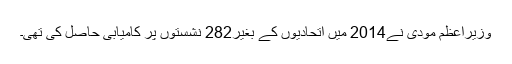
وزیرِاعظم مودی نے2014 میں اتحادیوں کے بغیر282 نشستوں پر کامیابی حاصل کی تھی۔